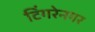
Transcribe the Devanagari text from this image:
टिंगरेनगर